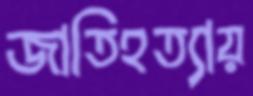
জাতিহত্যায়